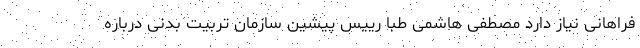
فراهانی نیاز دارد مصطفی هاشمی طبا رییس پیشین سازمان تربیت بدنی درباره